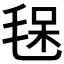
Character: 𣮃